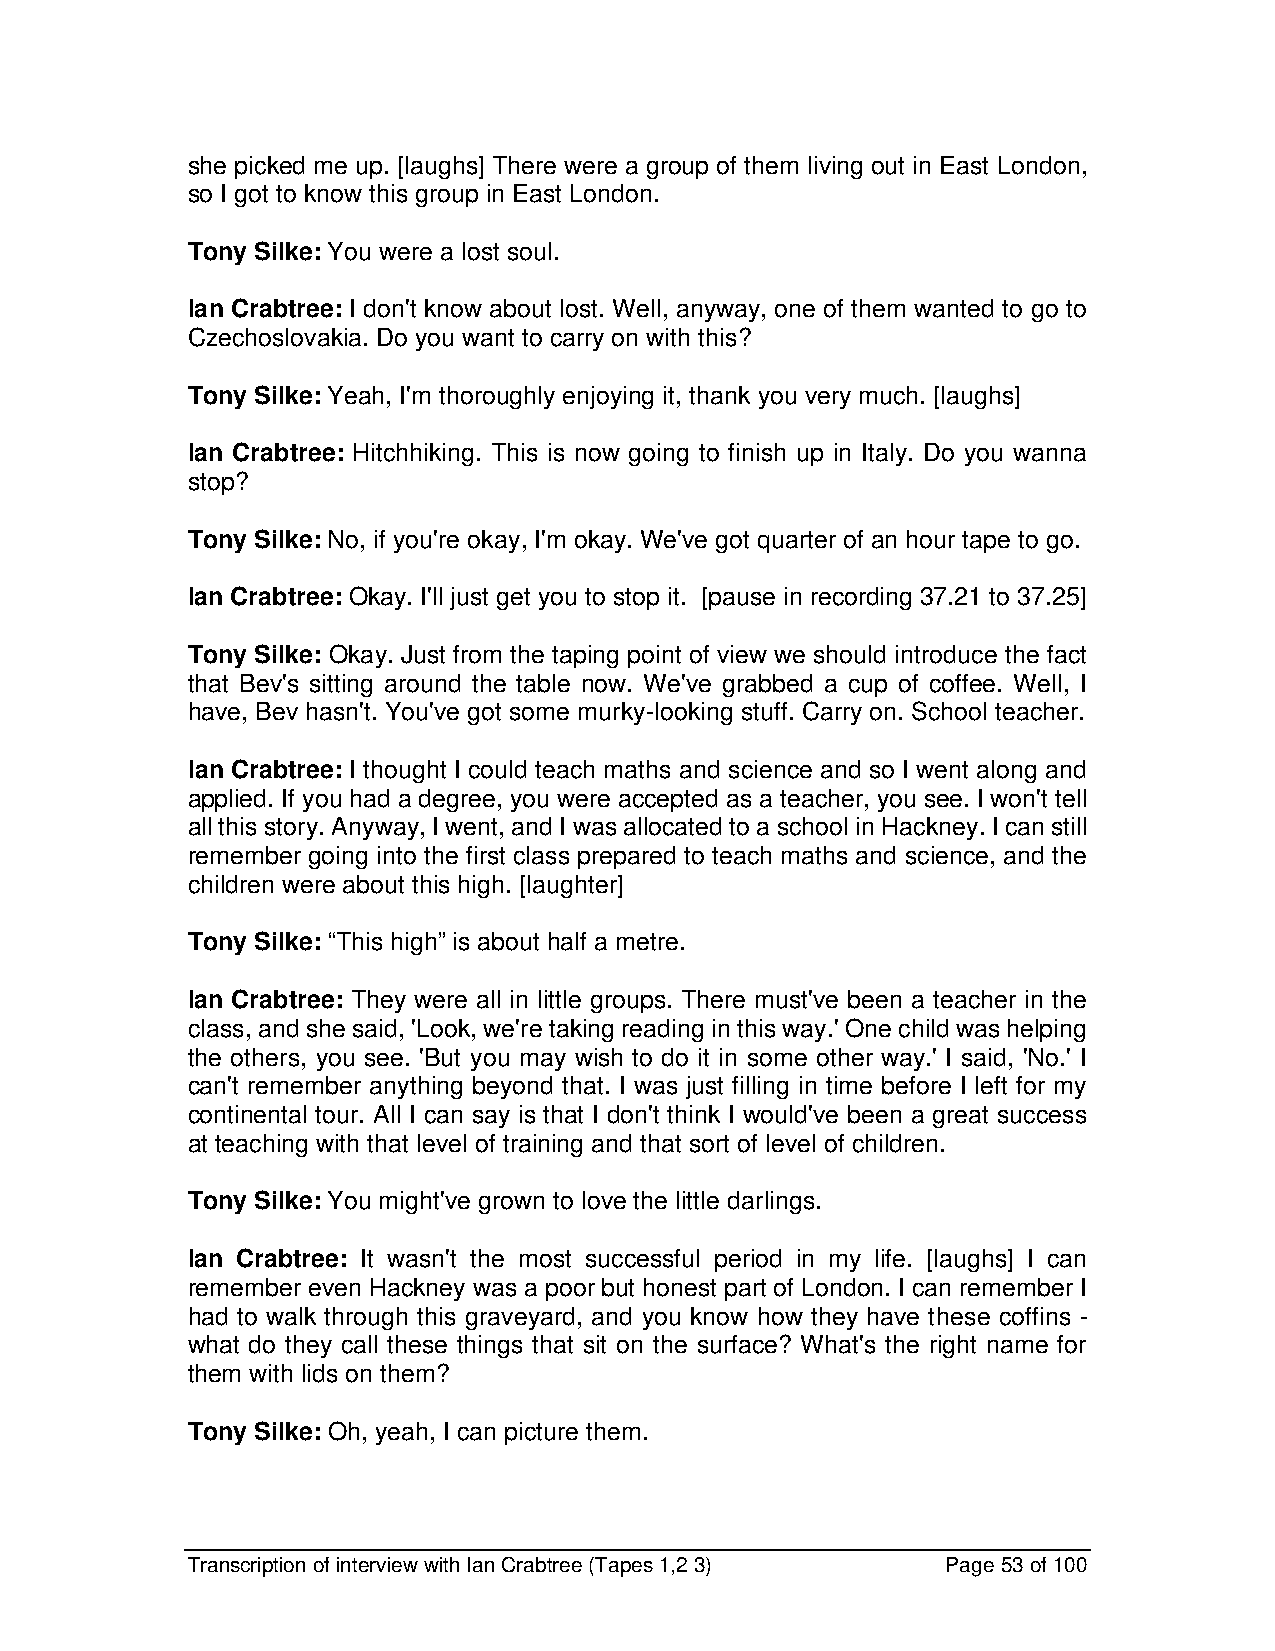
she picked me up. [laughs] There were a group of them living out in East London,
 so I got to know this group in East London.
 Tony Silke: You were a lost soul.
 Ian Crabtree: I don't know about lost. Well, anyway, one of them wanted to go to
 Czechoslovakia. Do you want to carry on with this?
 Tony Silke: Yeah, I'm thoroughly enjoying it, thank you very much. [laughs]
 Ian Crabtree: Hitchhiking. This is now going to finish up in Italy. Do you wanna
 stop?
 Tony Silke: No, if you're okay, I'm okay. We've got quarter of an hour tape to go.
 Ian Crabtree: Okay. I'll just get you to stop it. [pause in recording 37.21 to 37.25]
 Tony Silke: Okay. Just from the taping point of view we should introduce the fact
 that Bev's sitting around the table now. We've grabbed a cup of coffee. Well, I
 have, Bev hasn't. You've got some murky-looking stuff. Carry on. School teacher.
 Ian Crabtree: I thought I could teach maths and science and so I went along and
 applied. If you had a degree, you were accepted as a teacher, you see. I won't tell
 all this story. Anyway, I went, and I was allocated to a school in Hackney. I can still
 remember going into the first class prepared to teach maths and science, and the
 children were about this high. [laughter]
 Tony Silke: “This high” is about half a metre.
 Ian Crabtree: They were all in little groups. There must've been a teacher in the
 class, and she said, 'Look, we're taking reading in this way.' One child was helping
 the others, you see. 'But you may wish to do it in some other way.' I said, 'No.' I
 can't remember anything beyond that. I was just filling in time before I left for my
 continental tour. All I can say is that I don't think I would've been a great success
 at teaching with that level of training and that sort of level of children.
 Tony Silke: You might've grown to love the little darlings.
 Ian Crabtree: It wasn't the most successful period in my life. [laughs] I can
 remember even Hackney was a poor but honest part of London. I can remember I
 had to walk through this graveyard, and you know how they have these coffins -
 what do they call these things that sit on the surface? What's the right name for
 them with lids on them?
 Tony Silke: Oh, yeah, I can picture them.
 Transcription of interview with Ian Crabtree (Tapes 1,2 3) Page 53 of 100